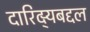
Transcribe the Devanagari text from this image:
दारिद्‌र्‍यबद्दल